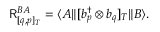
\mathsf { R } _ { [ q , p ] _ { T } } ^ { B A } = \langle A \| [ b _ { p } ^ { \dagger } \otimes b _ { q } ] _ { T } \| B \rangle .